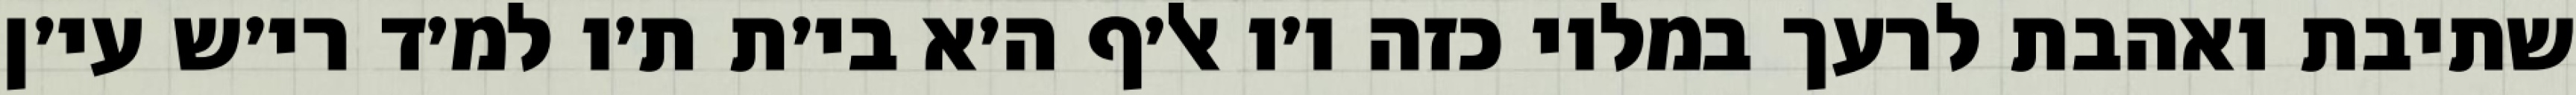
שתיבת ואהבת לרעך במלוי כזה ו׳ו אל׳ף ה׳א בי׳ת ת׳ו למ׳ד רי׳ש עי׳ן